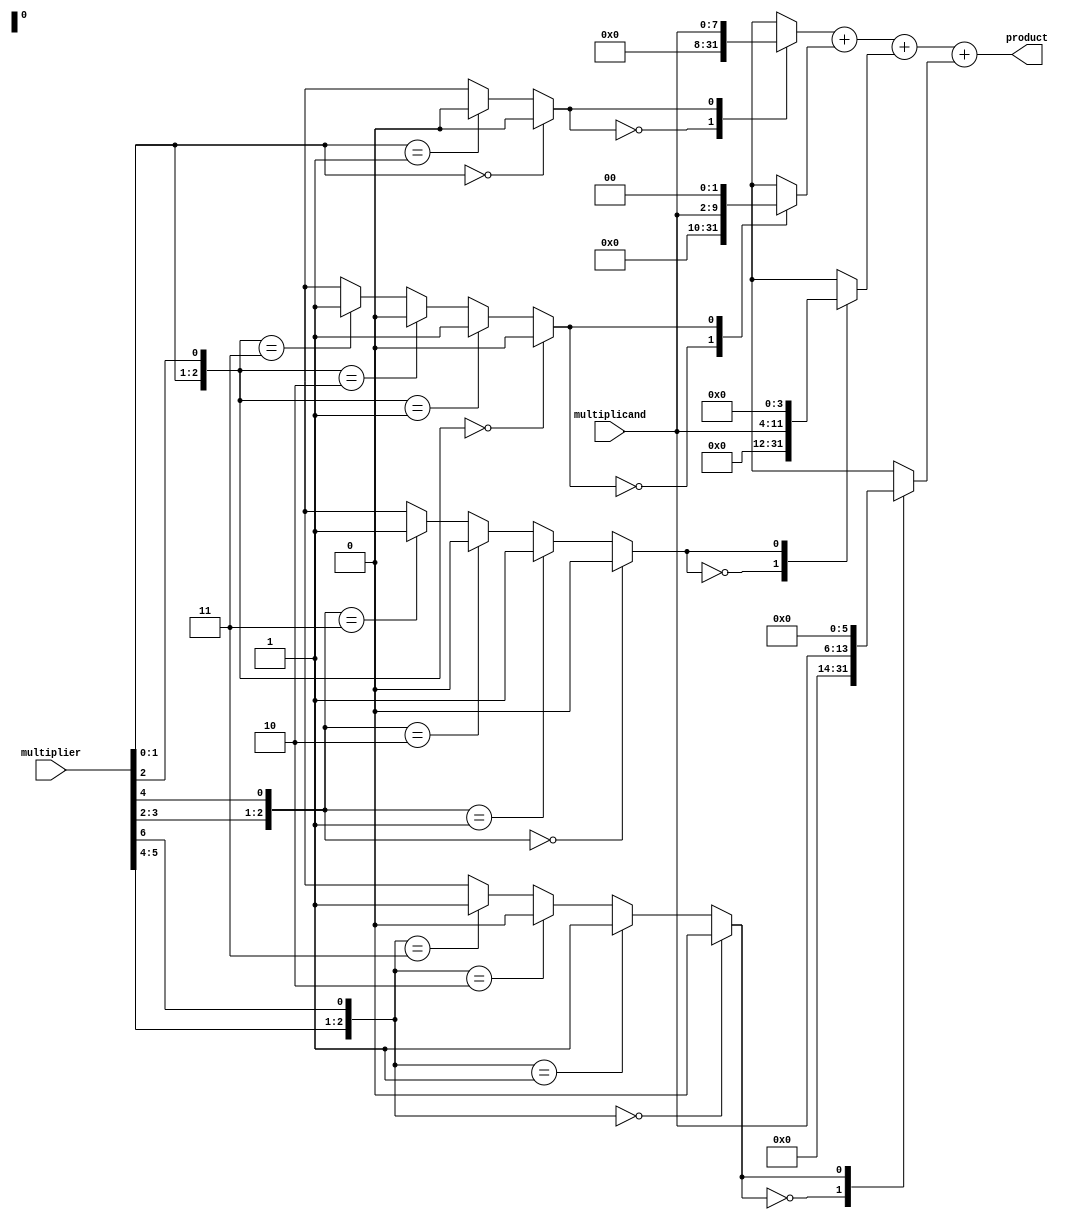
module radix4_multiplier (
    input [7:0] multiplicand,   // 8-bit multiplicand
    input [7:0] multiplier,      // 8-bit multiplier
    output reg [15:0] product    // 16-bit product
);
    reg [15:0] partial_products [0:3]; // Array to hold partial products
    wire [3:0] booth_encoded;           // Booth encoding results
    reg [3:0] pp_select;                // Selection signal for partial products
    integer i;

    // Booth encoding logic
    always @(*) begin
        pp_select = {multiplier[1], multiplier[0], 1'b0}; // Extend the last bit
        booth_encoded[0] = (pp_select == 2'b00) ? 2'b00 : 
                            (pp_select == 2'b01) ? 2'b01 :
                            (pp_select == 2'b10) ? 2'b10 : 
                            (pp_select == 2'b11) ? 2'b11 : 2'bxx;
        // Shift the multiplier for the next round
        for (i = 0; i < 3; i = i + 1) begin
            pp_select = {multiplier[i*2+1], multiplier[i*2], multiplier[i*2+2]};
            booth_encoded[i+1] = (pp_select == 2'b00) ? 2'b00 : 
                                (pp_select == 2'b01) ? 2'b01 : 
                                (pp_select == 2'b10) ? 2'b10 : 
                                (pp_select == 2'b11) ? 2'b11 : 2'bxx;
        end
    end

    // Partial product generation
    always @(*) begin
        for (i = 0; i < 4; i = i + 1) begin
            case (booth_encoded[i])
                2'b00: partial_products[i] = 16'b0; // Partial product is 0
                2'b01: partial_products[i] = multiplicand << (i*2); // Add (multiplicand * 1)
                2'b10: partial_products[i] = (~multiplicand + 1) << (i*2); // Subtract (multiplicand * 1)
                2'b11: partial_products[i] = (multiplicand << (i*2 + 1)); // Add (multiplicand * 2)
                default: partial_products[i] = 16'bx; // Undefined case
            endcase
        end
    end

    // Final product summation
    always @(*) begin
        product = partial_products[0] + partial_products[1] + 
                  partial_products[2] + partial_products[3];
    end
endmodule